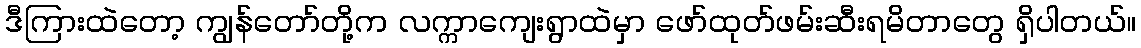
ဒီကြားထဲတော့ ကျွန်တော်တို့က လက္ကာကျေးရွာထဲမှာ ဖော်ထုတ်ဖမ်းဆီးရမိတာတွေ ရှိပါတယ်။